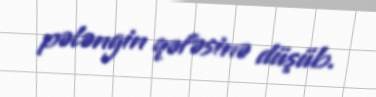
pələngin qəfəsinə düşüb.